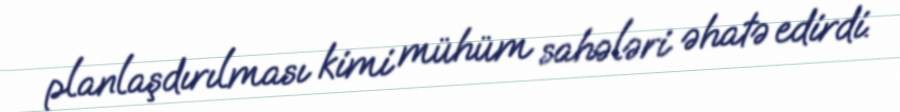
planlaşdırılması kimi mühüm sahələri əhatə edirdi.